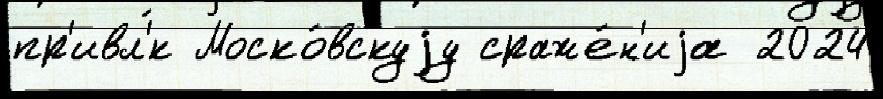
пр'ивл'́к Моско́вскуjу сраже́н'иjа 2024